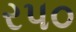
રપ૦